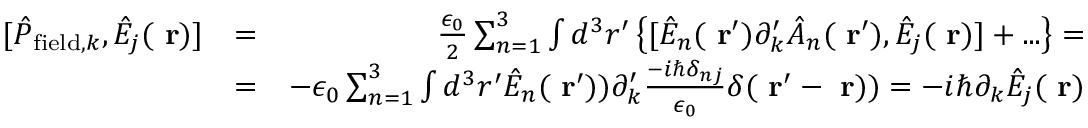
\begin{array} { r l r } { [ \hat { P } _ { \mathrm { f i e l d } , k } , \hat { E } _ { j } ( \mathrm { \bf ~ r } ) ] } & { = } & { \frac { \epsilon _ { 0 } } { 2 } \sum _ { n = 1 } ^ { 3 } \int d ^ { 3 } r ^ { \prime } \left\{ [ \hat { E } _ { n } ( \mathrm { \bf ~ r } ^ { \prime } ) \partial _ { k } ^ { \prime } \hat { A } _ { n } ( \mathrm { \bf ~ r } ^ { \prime } ) , \hat { E } _ { j } ( \mathrm { \bf ~ r } ) ] + . . . \right\} = } \\ & { = } & { - \epsilon _ { 0 } \sum _ { n = 1 } ^ { 3 } \int d ^ { 3 } r ^ { \prime } \hat { E } _ { n } ( \mathrm { \bf ~ r } ^ { \prime } ) ) \partial _ { k } ^ { \prime } \frac { - i \hbar \delta _ { n j } } { \epsilon _ { 0 } } \delta ( \mathrm { \bf ~ r } ^ { \prime } - \mathrm { \bf ~ r } ) ) = - i \hbar \partial _ { k } \hat { E } _ { j } ( \mathrm { \bf ~ r } ) } \end{array}